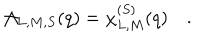
{ \cal A } _ { L , M , S } ( q ) = \chi _ { L , M } ^ { ( S ) } ( q ) \quad .